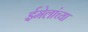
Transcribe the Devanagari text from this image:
ईमेलांच्या